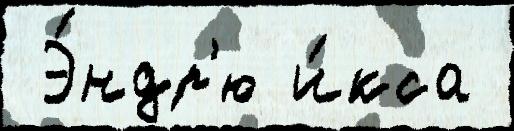
 Э́ндр'ю и́кса